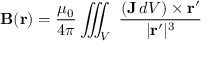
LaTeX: \mathbf { B } ( \mathbf { r } ) = { \frac { \mu _ { 0 } } { 4 \pi } } \iiint _ { V } \ { \frac { ( \mathbf { J } \, d V ) \times \mathbf { r } ^ { \prime } } { | \mathbf { r } ^ { \prime } | ^ { 3 } } }